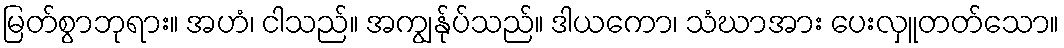
မြတ်စွာဘုရား။ အဟံ၊ ငါသည်။ အကျွန်ုပ်သည်။ ဒါယကော၊ သံဃာအား ပေးလှူတတ်သော။